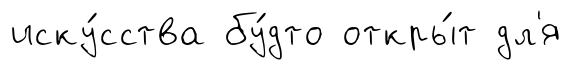
иску́сства бу́дто откры́т дл'я